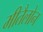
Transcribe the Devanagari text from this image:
मीतैलोन